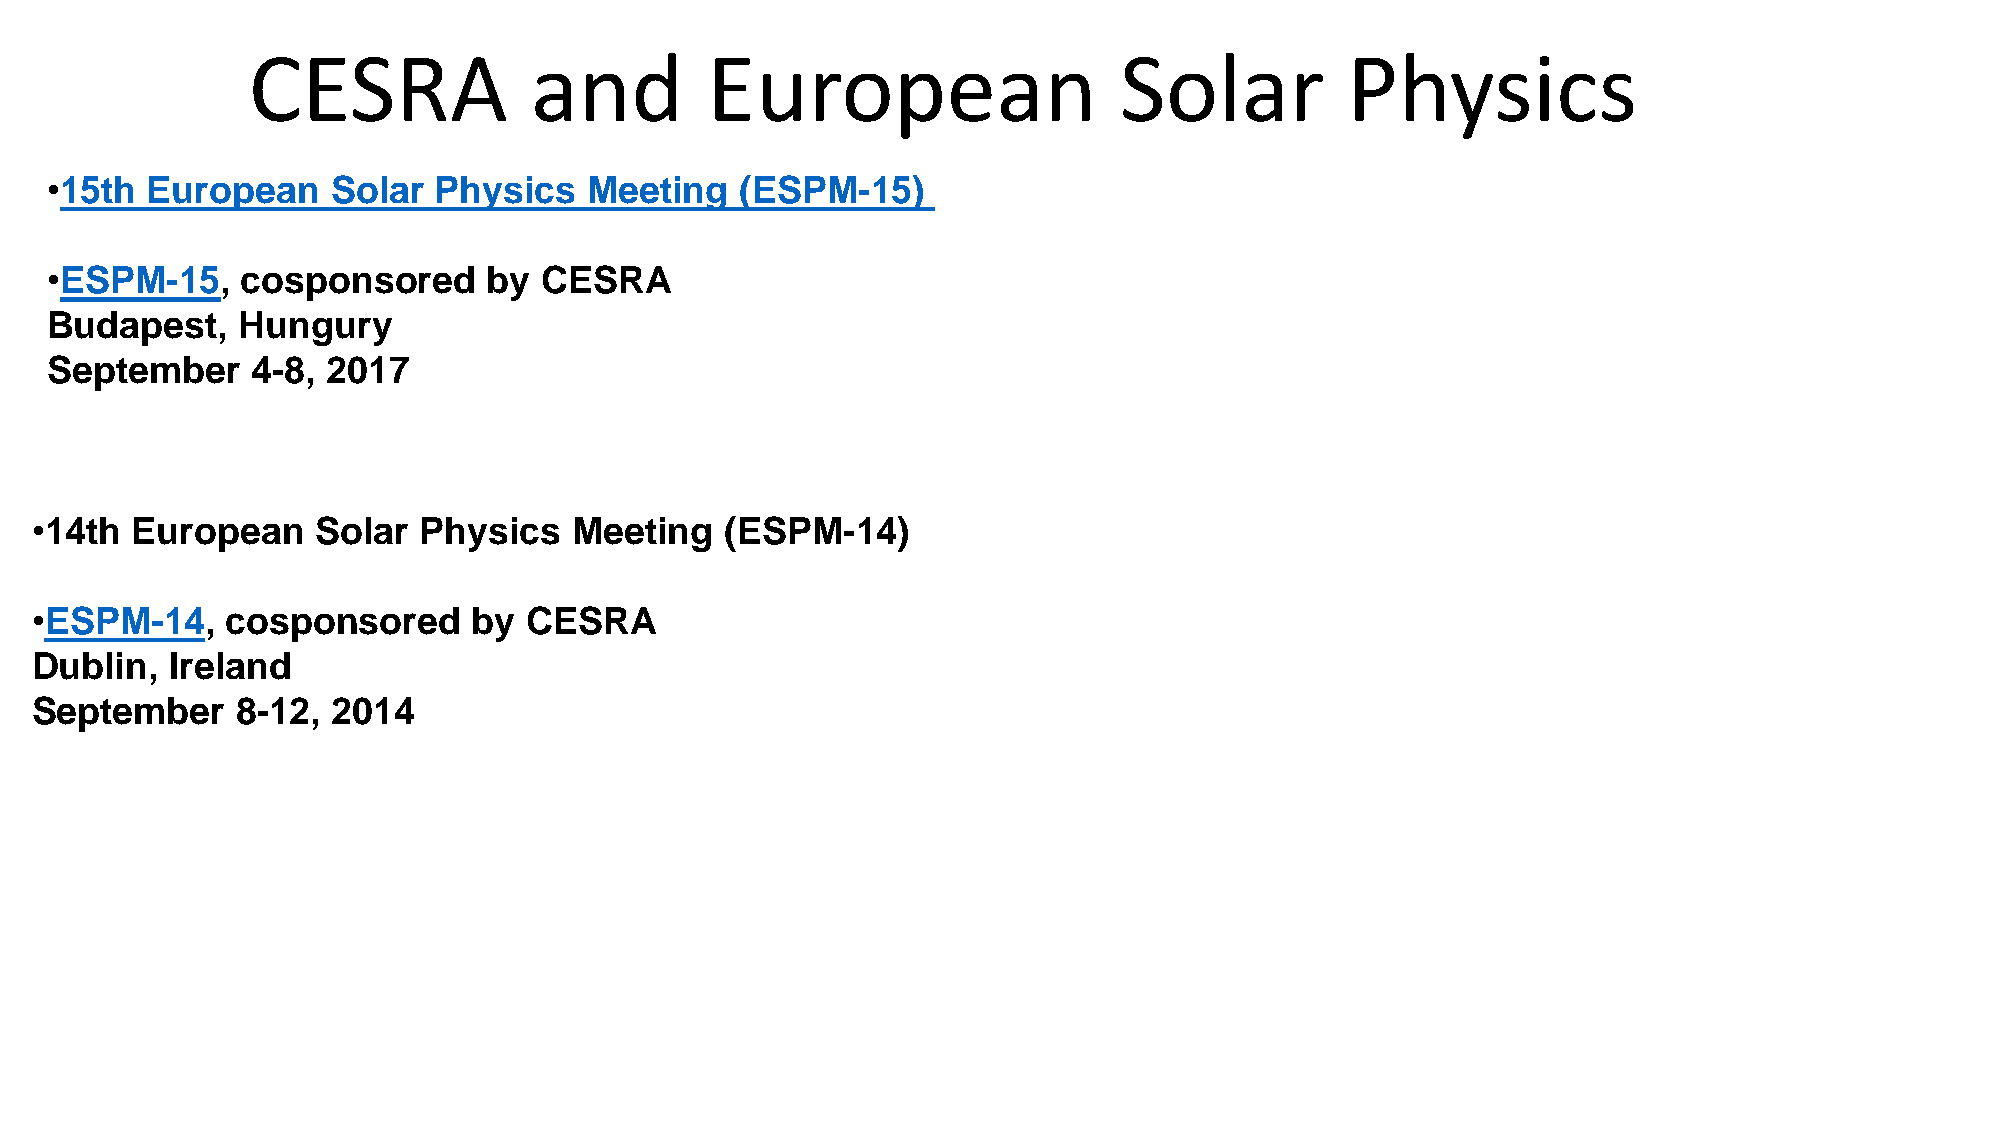
CESRA              and         European                   Solar          Physics
 •15th  European    Solar  Physics   Meeting   (ESPM-15)
 •ESPM-15,    cosponsored     by  CESRA
 Budapest,    Hungury
 September     4-8, 2017
 •14th  European    Solar  Physics   Meeting   (ESPM-14)
 •ESPM-14,    cosponsored     by  CESRA
 Dublin,  Ireland
 September     8-12, 2014